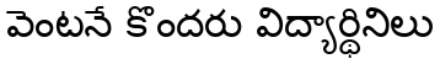
వెంటనే కొందరు విద్యార్థినిలు